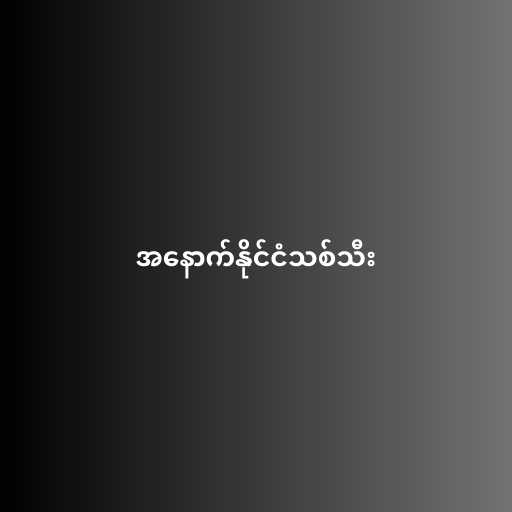
အနောက်နိုင်ငံသစ်သီး